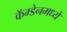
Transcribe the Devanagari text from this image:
कॅम्डेनमध्ये